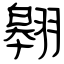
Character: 翱